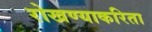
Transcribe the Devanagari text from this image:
रोखण्याकरिता